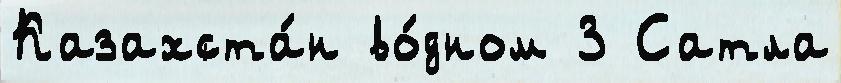
Казахста́н во́дном 3 Сатла